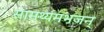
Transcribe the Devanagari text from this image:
सामर्थ्यमभजन्